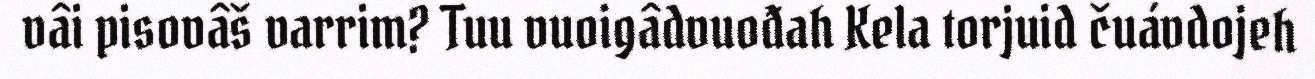
vâi pisovâš varrim? Tuu vuoigâdvuođah Kela torjuid čuávdojeh